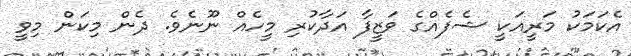
އެކަމަކު މަރީއަކީ ޝެފެއްގެ ވަޒީފާ އަދާކުރި މީހެއް ނޫނެވެ. ދެން މިކަން މިވީ